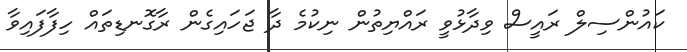
ކައުންސިލް ރައީސް ވިދާޅުވީ ރައްޔިތުން ނިކުމެ ދާ ޖަހައިގެން ރާގޮނޑިތައް ހިފާފައިވާ